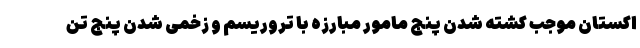
اکستان موجب کشته شدن پنج مامور مبارزه با تروریسم و زخمی شدن پنج تن